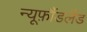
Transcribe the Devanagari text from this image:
न्यूफ़ौंडलैंड